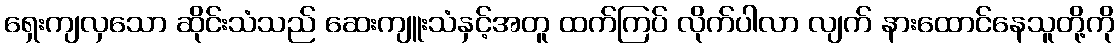
ရှေးကျလှသော ဆိုင်းသံသည် ဆေးကျူးသံနှင့်အတူ ထက်ကြပ် လိုက်ပါလာ လျက် နားထောင်နေသူတို့ကို